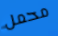
محمل